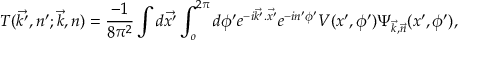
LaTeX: T ( \vec { k ^ { \prime } } , n ^ { \prime } ; \vec { k } , n ) = \frac { - 1 } { 8 \pi ^ { 2 } } \int d \vec { x ^ { \prime } } \int _ { o } ^ { 2 \pi } d \phi ^ { \prime } e ^ { - i \vec { k ^ { \prime } } . \vec { x ^ { \prime } } } e ^ { - i n ^ { \prime } \phi ^ { \prime } } V ( x ^ { \prime } , \phi ^ { \prime } ) \Psi _ { \vec { k } , \vec { n } } ( x ^ { \prime } , \phi ^ { \prime } ) ,